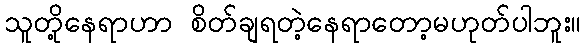
သူတို့နေရာဟာ စိတ်ချရတဲ့နေရာတော့မဟုတ်ပါဘူး။